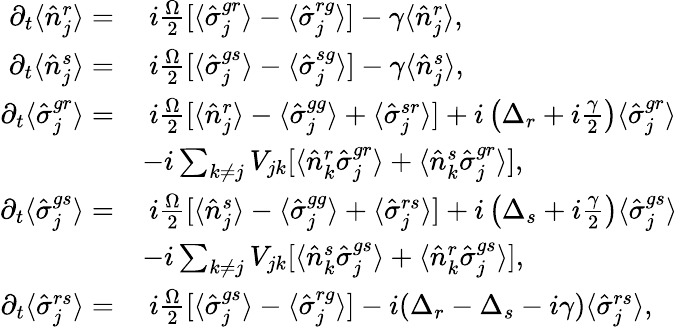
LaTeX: \begin{array}{rl}{\partial_{t}\langle\hat{n}_{j}^{r}\rangle=}&{\ i\frac{\Omega}{2}[\langle\hat{\sigma}_{j}^{gr}\rangle-\langle\hat{\sigma}_{j}^{rg}\rangle]-\gamma\langle\hat{n}_{j}^{r}\rangle,}\\ {\partial_{t}\langle\hat{n}_{j}^{s}\rangle=}&{\ i\frac{\Omega}{2}[\langle\hat{\sigma}_{j}^{gs}\rangle-\langle\hat{\sigma}_{j}^{sg}\rangle]-\gamma\langle\hat{n}_{j}^{s}\rangle,}\\ {\partial_{t}\langle\hat{\sigma}_{j}^{gr}\rangle=}&{\ i\frac{\Omega}{2}[\langle\hat{n}_{j}^{r}\rangle-\langle\hat{\sigma}_{j}^{gg}\rangle+\langle\hat{\sigma}_{j}^{sr}\rangle]+i\left(\Delta_{r}+i\frac{\gamma}{2}\right)\langle\hat{\sigma}_{j}^{gr}\rangle}\\ &{-i\sum_{k\neq j}V_{jk}[\langle\hat{n}_{k}^{r}\hat{\sigma}_{j}^{gr}\rangle+\langle\hat{n}_{k}^{s}\hat{\sigma}_{j}^{gr}\rangle],}\\ {\partial_{t}\langle\hat{\sigma}_{j}^{gs}\rangle=}&{\ i\frac{\Omega}{2}[\langle\hat{n}_{j}^{s}\rangle-\langle\hat{\sigma}_{j}^{gg}\rangle+\langle\hat{\sigma}_{j}^{rs}\rangle]+i\left(\Delta_{s}+i\frac{\gamma}{2}\right)\langle\hat{\sigma}_{j}^{gs}\rangle}\\ &{-i\sum_{k\neq j}V_{jk}[\langle\hat{n}_{k}^{s}\hat{\sigma}_{j}^{gs}\rangle+\langle\hat{n}_{k}^{r}\hat{\sigma}_{j}^{gs}\rangle],}\\ {\partial_{t}\langle\hat{\sigma}_{j}^{rs}\rangle=}&{\ i\frac{\Omega}{2}[\langle\hat{\sigma}_{j}^{gs}\rangle-\langle\hat{\sigma}_{j}^{rg}\rangle]-i(\Delta_{r}-\Delta_{s}-i{\gamma})\langle\hat{\sigma}_{j}^{rs}\rangle,}\end{array}